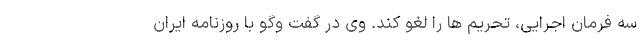
سه فرمان اجرایی، تحریم ها را لغو کند. وی در گفت وگو با روزنامه ایران